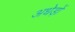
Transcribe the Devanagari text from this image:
अधेड़ों